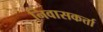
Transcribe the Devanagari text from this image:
निवासकर्त्ता